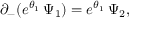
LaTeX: \partial _ { - } ( e ^ { \theta _ { 1 } } \, \Psi _ { 1 } ) = e ^ { \theta _ { 1 } } \, \Psi _ { 2 } ,